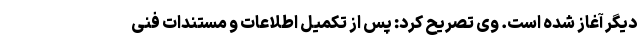
دیگر آغاز شده است. وی تصریح کرد: پس از تکمیل اطلاعات و مستندات فنی